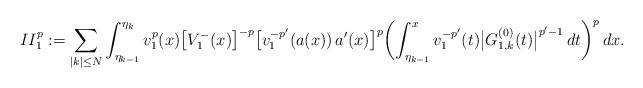
LaTeX: \begin{align*}II_1^p:=\sum_{|k|\le N}\int_{\eta_{k-1}}^{\eta_k} v_1^{p}(x)\bigl[V_1^-(x)\bigr]^{-p}\bigl[v_1^{-p'}(a(x))\,a'(x)\bigr]^p \biggl(\int_{\eta_{k-1}}^x v_1^{-p'}(t) \bigl|G^{(0)}_{1,k}(t)\bigr|^{p'-1}\,dt\biggr)^p\,dx.\end{align*}